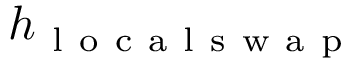
h _ { \mathrm { ~ l ~ o ~ c ~ a ~ l ~ s ~ w ~ a ~ p ~ } }